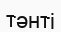
тәнті